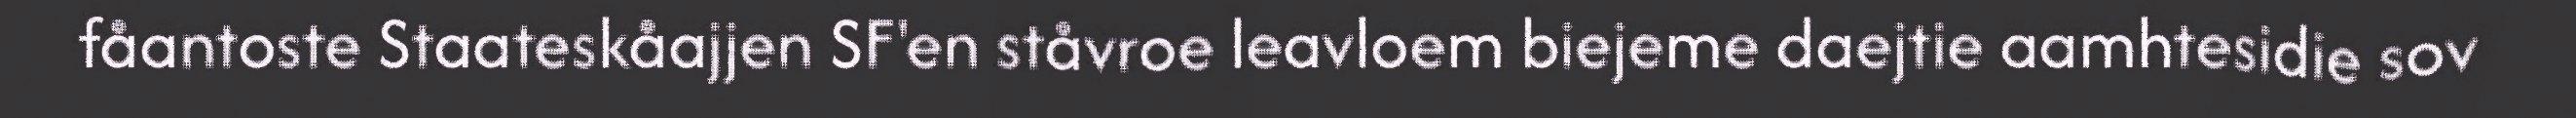
fåantoste Staateskåajjen SF'en ståvroe leavloem biejeme daejtie aamhtesidie sov